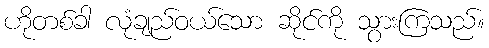
ဟိုတစ်ခါ လုံချည်ဝယ်သော ဆိုင်ကို သွားကြသည်။